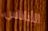
الأناناس